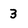
Character: 3